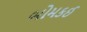
બોમકઈ